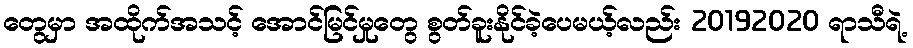
တွေမှာ အထိုက်အသင့် အောင်မြင်မှုတွေ စွတ်ခူးနိုင်ခဲ့ပေမယ့်လည်း 20192020 ရာသီရဲ့